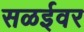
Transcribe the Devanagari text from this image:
सळईवर